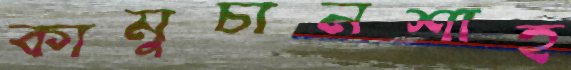
কামুচানশাহ